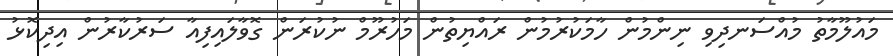
މައުލޫމާތު މުއްސަނދިވި ނިންމުން ހާމަކުރުމުން ރައްޔިތުން މަހުރޫމް ނުކުރަން ގޮވާލައިފިއާ ސަރުކާރުން އިދިކޮޅު